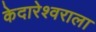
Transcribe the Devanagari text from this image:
केदारेश्वराला